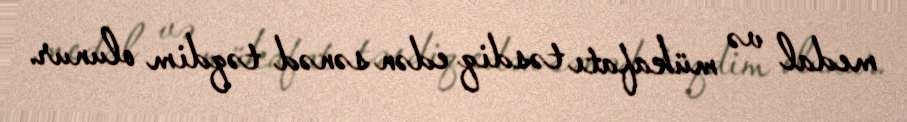
medal və mükafatı təsdiq edən sənəd təqdim olunur.